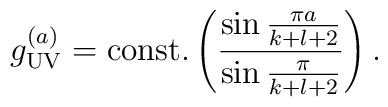
g_{\tiny\rm UV}^{(a)}={\rm const.}\left({\sin{\pi a\over{k+l+2}}\over{\sin{\pi\over{k+l+2}}}}\right).